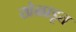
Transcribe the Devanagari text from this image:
खेळाडूत